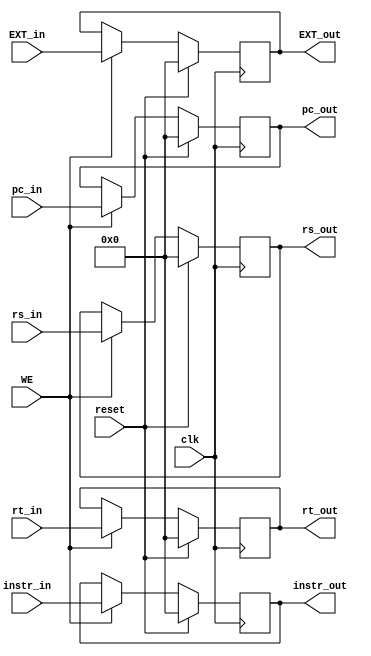
module E_REG (
    input clk,
    input reset,
    input WE,
    input [31:0] instr_in,
    input [31:0] pc_in,
    input [31:0] EXT_in,
    input [31:0] rs_in,
    input [31:0] rt_in,
    output reg [31:0] instr_out,
    output reg [31:0] pc_out,
    output reg [31:0] EXT_out,
    output reg [31:0] rs_out,
    output reg [31:0] rt_out
);

    always @(posedge clk) begin
        if (reset) begin
            instr_out   <= 0;
            pc_out      <= 0;
            EXT_out     <= 0;
            rs_out      <= 0;
            rt_out      <= 0;
        end else if(WE) begin
            instr_out   <= instr_in;
            pc_out      <= pc_in;
            EXT_out     <= EXT_in;
            rs_out      <= rs_in;
            rt_out      <= rt_in;
        end
    end

endmodule